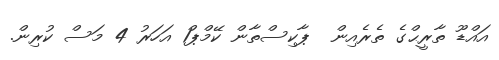
އައްޑޫ ތާރީޙްގެ ތެރެއިން  ޕާކިސްތާން ކޭމްޕް1 އަހަރު 4 މަސް ކުރިން.